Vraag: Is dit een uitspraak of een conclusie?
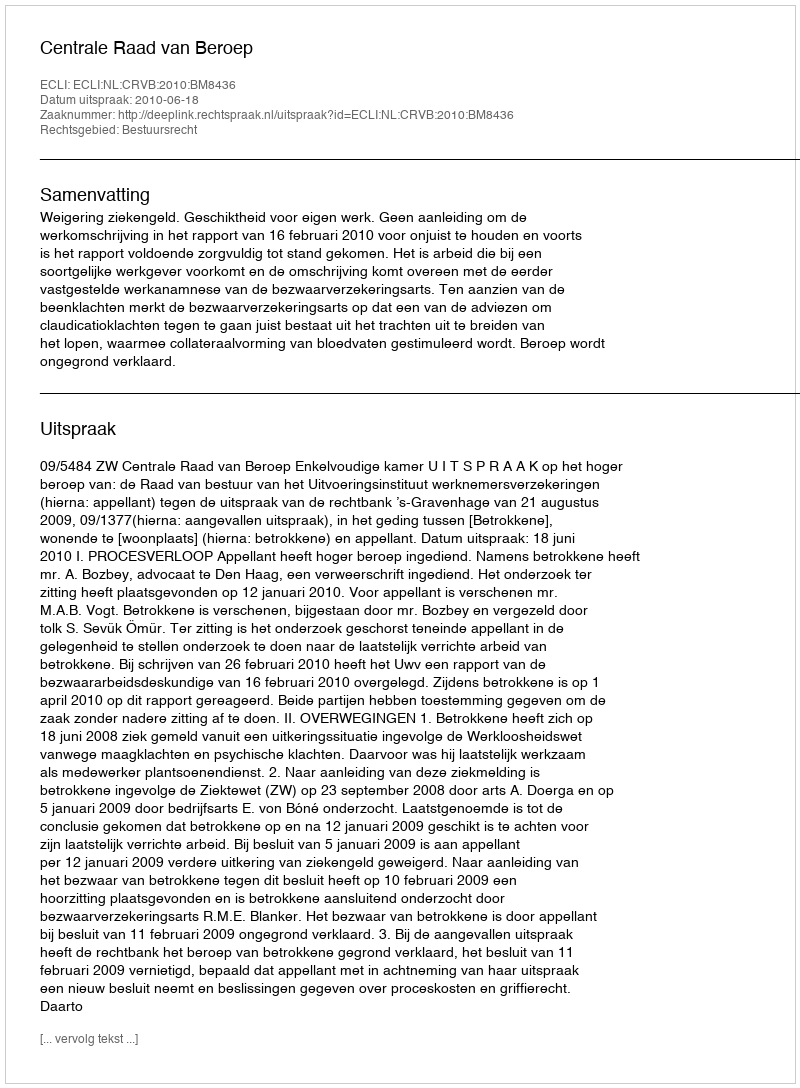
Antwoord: Uitspraak